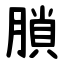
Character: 䐝